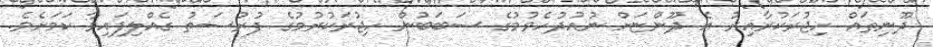
ދޫނިތައް ހިޖުރަކުރާއިރު އެ ދޫންޏަށް ނުއުދުހެވުމުގެ ސަބަބުން ހިޖުރަކުރުމުގެ ފުރުސަތު ގެއްލިފައިވާ ކަމަށެވެ.